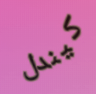
كيندل